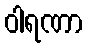
ဝါရဏာ